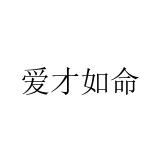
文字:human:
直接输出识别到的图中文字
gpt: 爱才如命